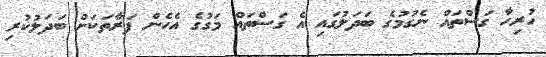
ހުރިހާ ގަސްތައް ނެގުމުގެ ބަދަލުގައި އެ ގަސްތައް މަގުގެ އެހެން ފަރާތަކަށް ބަދަލުކުރި